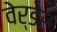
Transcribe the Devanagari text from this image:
वेर्डेर